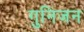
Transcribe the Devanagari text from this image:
गुनिजन